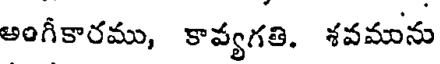
అంగీకారము, కావ్యగతి. శవమును